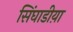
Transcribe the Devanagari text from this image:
सिंघाडीय़ा